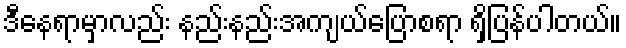
ဒီနေရာမှာလည်း နည်းနည်းအကျယ်ပြောစရာ ရှိပြန်ပါတယ်။